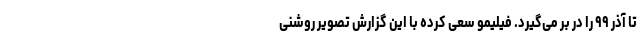
تا آذر ۹۹ را در بر می‌گیرد. فیلیمو سعی کرده با این گزارش تصویر روشنی